Lunatic asylums Madras 1877-1891 - 1877-1891
Year: 1877
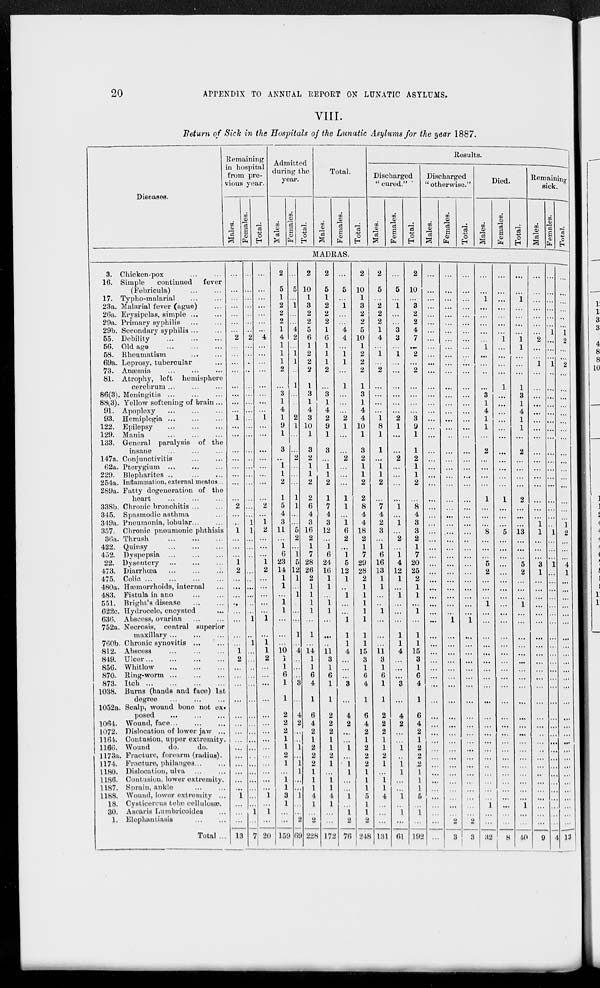
20
APPENDIX
TO
ANNUAL REPORT ON LUNATIC ASYLUMS.
VIII.
Return of Sick in the Hospitals of the Lunatic Asylums for the year 1887.
Diseases.
Remaining
in hospital
from pre-
vious year.
Males.
Females.
Total.
Admitted
during the
year.
Males.
Females.
Total.
Total.
Males.
Females.
Total.
Results.
Discharged
" cured."
Males.
Females.
Total.
Discharged
" otherwise."
Males.
Females.
Total.
Died.
Males.
Females.
Total.
Remaining
sick.
Males.
Females.
Total.
MADRAS.
3. Chicken-pox ... ...
16. Simple
continued
fever
(Febricula)
...
...
17. Typho-malarial
...
...
23a. Malarial fever (ague)... ...
26a. Erysipelas,
simple...
...
29a. Primary syphilis
...
...
29b. Secondary syphilis...
...
55. Debility
...
...
...
56. Old age
...
...
...
58. Rheumatism
...
...
69a. Leprosy, tubercular... ...
73. Anæmia... ... ...
81. Atrophy, left hemisphere
cerebrum ...
...
...
86(3).
Meningitis...
...
...
88(3). Yellow softening of brain ...
91. Apoplexy
...
...
...
93.
Hemiplegia... ... ...
122. Epilepsy
...
...
...
129. Mania
...
...
...
133. General paralysis of the
insane ... ... ...
147a. Conjunctivitis... ...
62a.
Pterygium...
...
...
229.
Blepharites... ... ...
254a. Inflammation, external meatus...
289a. Fatty degeneration of the
heart ... ... ...
338b. Chronic bronohitis...
...
345. Spasmodic asthma ...
349a. Pneumonia, lobular... ...
357. Chronic pneumonic phthisis
30a. Thrush
...
...
...
422. Quinsy
...
...
...
452. Dyspepsia
...
...
...
22. Dysentery... ... ...
473.
Diarrhœa... ... ...
475.
Colic...
...
...
480a. Hæmorrhoids, internal
483. Fistula in ano
...
...
551. Bright's disease
...
...
622c. Hydrocele, encysted... ...
636. Abscess, ovarian
...
...
752a. Necrosis, central superior
maxillary...
...
760b. Chronic
synovitis...
...
812. Abscess
...
...
...
849.
Ulcer...
...
...
856. Whitlow
...
...
...
870.
Ring-worm... ... ...
873.
Itch...
...
...
1038. Burns (hands and face) 1st
degree
...
...
...
1052a. Scalp, wound bone not ex¬
posed ... ... ...
1064. Wound,
face...
...
...
1072. Dislocation of lower jaw ...
1164. Contusion, upper extremity.
1166. Wound
do.
do.
1173a. Fracture, forearm (radius).
1174. Fracture, philanges... ...
1180. Dislocation, ulva
...
...
1186. Contusion, lower extremity.
1187. Sprain, ankle
...
...
1188. Wound, lower extremity ...
18. Cysticorcus telæ cellulosæ.
30. Ascaris Lumbricoides...
1. Elephantiasis
...
...
Total ...
...
...
...
...
...
...
...
2
...
...
...
...
...
...
...
...
1
...
...
...
...
...
...
...
...
2
...
...
1
...
...
...
1
2
...
...
...
...
...
...
...
...
1
2
...
...
...
...
...
...
...
...
...
...
...
...
...
1
...
...
...
13
...
...
...
...
...
...
...
2
...
...
...
...
...
...
...
...
...
...
...
...
...
...
...
...
...
...
...
1
1
...
...
...
...
...
...
...
...
...
...
1
...
1
...
...
...
...
...
...
...
...
...
...
...
...
...
...
...
...
1
...
7
...
...
...
...
...
...
...
4
...
...
...
...
...
...
...
...
1
...
...
...
...
...
...
...
...
2
...
1
2
...
...
...
1
2
...
...
...
...
1
...
1 1
2
...
...
...
...
...
...
...
...
...
...
...
...
1
...
1
...
20
2
5
1
2
2
2
1
4
1
1
1
2
...
3
1
4
1
9
1
3
...
1
1
2
1
5
4
3
11
...
1
6
23
14
1
1
...
1
1
...
...
...
10
1
1
6
1
1
2
2
2
1
1
2
1
...
1
1
3
...
...
...
159
...
5
..
1
...
..
4
2
..
1
1
...
1
...
...
...
2
1
..
...
2
...
...
...
1
1
...
...
5
2
...
1
5
12
1
...
1
...
...
...
1
...
4
...
...
...
3
...
4
2
...
...
1
...
1
1
...
...
1
1
...
2
69
2
10
1
3
2
2
5
6
1
2
2
2
1
3
1
4
3
10
1
3
2
1
1
2
2
6
4
3
16
2
1
7
28
26
2
1
1
1
1
...
1
...
14
1
1
6
4
1
6
4
2
1
2
2
2
1
1
1
4
1
...
2
228
2
5
1
2
2
2
1
6
1
1
1
2
...
3
1
4
2
9
1
3
...
1
1
2
1
7
4
3
12
...
1
6
24
16
1
1
...
1
1
...
...
...
11
3
1
6
1
1
2
2
2
...
1
2
1
...
1
1
4
1
...
..
172
...
5
...
1
...
...
4
4
...
1
1
...
1
...
...
...
2
1
...
...
2
...
...
...
1
1
...
1
6
2
...
1
5
12
1
...
1
...
...
1
1
1
4
...
...
...
3
...
4
2
...
1
1
...
1
1
...
...
1
...
1
2
76
2
10
1
3
2
2
5
10
1
2
2
2
1
3
1
4
4
10
1
3
2
1
1
2
2
8
4
4
18
2
1
7
29
28
2
1
1
1
1
1
1
1
15
3
1
6
4
1
6
4
2
1
2
2
2
1
1
1
5
1
1
2
248
2
5
...
2
2
2
1
4
...
1
...
2
...
...
...
...
1
8
1
1
...
1
1
2
...
7
4
2
3
...
1
6
16
13
1
1
...
..
1
...
...
...
11
3
1
6
1
1
2
2
2
1
1
2
1
...
1
1
4
...
...
...
131
...
5
...
1
...
...
3
3
...
1
...
...
...
...
...
...
2
1
...
...
2
...
...
...
...
1
...
1
...
2
...
1
4
12
1
...
1
...
...
...
1
1
4
...
...
...
3
...
4
2
...
...
1
..
1
1
...
...
1
...
1
...
61
2
10
...
3
2
2
4
7
...
2
...
2
...
...
...
...
3
9
1
1
2
1
1
2
...
8 4
3
3
2
1
7
20
25
2
1
1
...
1
...
1
1
15
3
1
6
4
1
6
4
2
1
2
2
2 1
1
1
5
...
1
...
192
...
...
...
...
...
...
...
...
...
...
...
...
...
...
...
...
...
...
...
...
...
...
...
...
...
...
...
...
...
...
...
...
...
...
...
...
...
...
...
...
...
...
...
...
...
...
...
...
...
...
...
...
...
...
...
...
...
...
...
...
...
...
...
...
...
...
...
...
...
...
...
...
...
...
...
...
...
...
...
...
...
...
...
...
...
...
...
...
...
...
...
...
...
...
...
...
...
...
...
...
...
...
1
...
...
...
...
...
...
...
...
...
...
...
...
...
...
...
...
...
...
...
...
...
2
3
...
...
...
...
...
...
...
...
...
...
...
...
...
...
...
...
...
...
...
...
...
...
...
...
...
...
...
...
...
...
...
...
...
...
...
...
...
...
...
1
...
...
...
...
...
...
...
...
...
...
...
...
...
...
...
...
...
...
...
...
...
2
3
...
...
1
...
...
...
...
...
1
...
...
...
...
3
1
4
1
1
...
2
...
...
...
...
1
...
...
...
8
...
...
...
5
2
...
...
...
1
...
...
...
...
...
...
...
...
...
...
...
...
...
...
...
...
...
...
...
...
...
1
...
...
32
...
...
...
...
...
...
...
1
...
...
...
...
1
...
...
...
...
...
...
...
...
...
...
...
1
...
...
...
5
...
...
...
...
...
...
...
...
...
...
...
...
...
...
...
...
...
...
...
...
...
...
...
...
...
...
...
...
...
...
...
...
...
8
...
...
1
...
...
...
...
1 1
...
...
...
1
3
1
4
1
1
...
2
...
...
...
...
2
...
...
...
13
...
...
...
5
2
...
...
...
1
...
...
...
...
...
...
...
...
...
...
...
...
...
...
...
...
...
...
...
...
...
1
...
...
40
...
...
...
...
...
...
...
2
...
...
1
...
...
...
...
...
...
...
...
...
...
...
...
...
...
...
...
1
1
...
...
...
3
1
...
...
...
...
...
...
...
...
...
...
...
...
...
...
...
...
...
...
...
...
...
...
...
...
...
...
...
...
9
...
...
...
...
...
...
1
...
...
...
1
...
...
...
...
...
...
...
...
...
...
...
...
...
...
...
...
...
1
...
...
...
1
...
...
...
...
...
...
...
...
...
...
...
...
...
...
...
...
...
...
...
...
...
...
...
...
...
...
...
...
...
4
...
...
...
...
...
...
1
2
...
...
2
...
...
...
...
...
...
...
...
...
...
...
...
...
...
...
...
1
2
...
...
...
4
1
...
...
...
...
...
...
...
...
...
...
...
...
...
...
...
...
...
...
...
...
...
...
...
...
...
...
...
...
13